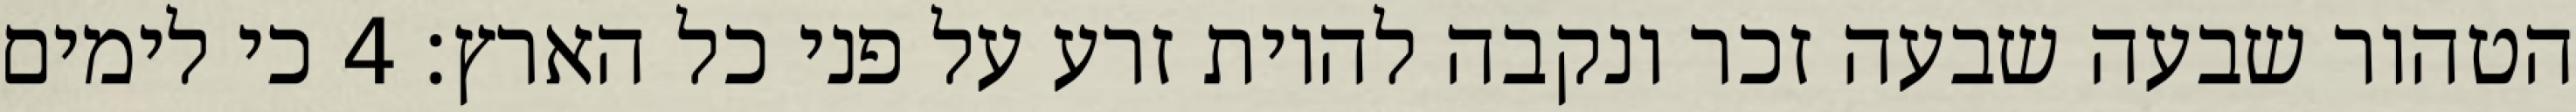
הטהור שבעה שבעה זכר ונקבה להיות זרע על פני כל הארץ׃ ‎4‏ כי לימים